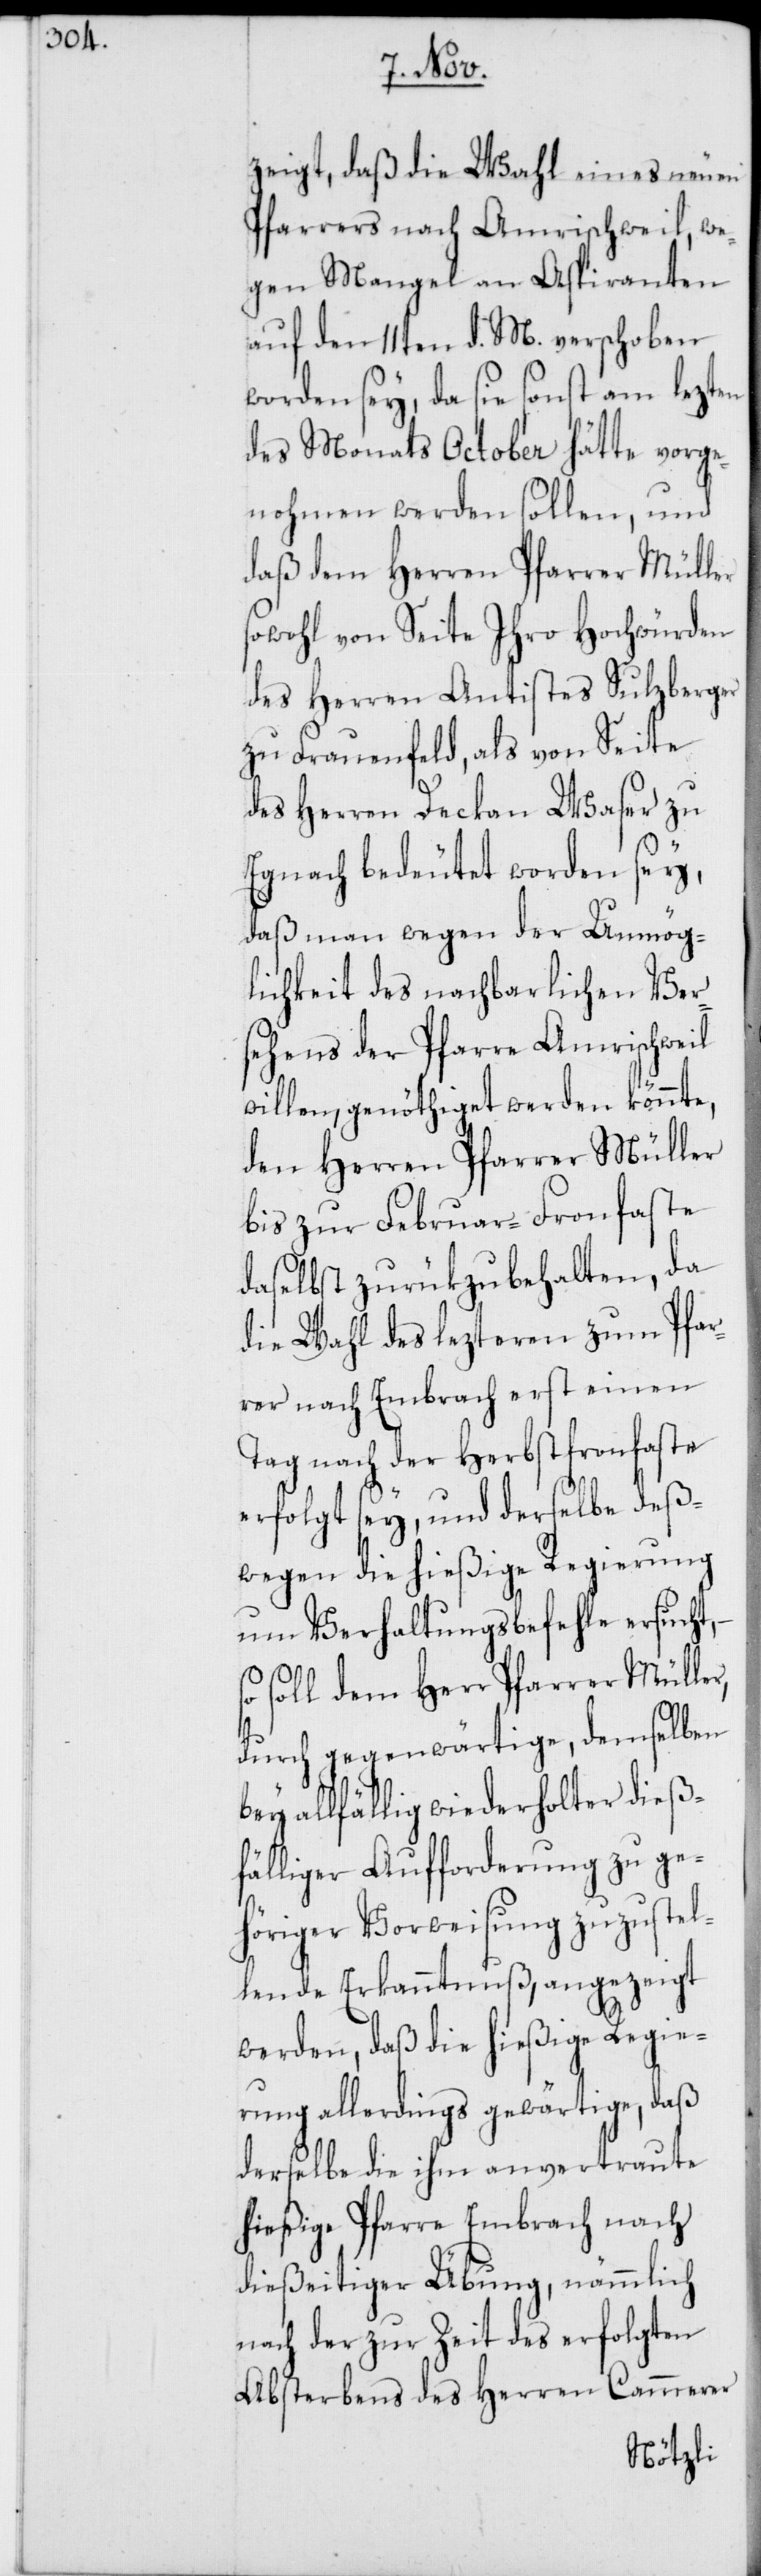
zeigt, daß die Wahl eines neuen
Pfarrers nach Amrischweil, we¬
gen Mangel an Aspiranten
auf den 11ten d. M. verschoben
worden sey, da sie sonst am lezten
des Monats October hätte vorge¬
nohmen werden sollen, und
daß dem Herren Pfarrer Müller
sowohl von Seite Ihro Hochwürden,
des Herren Antistes Sulzberger
zu Frauenfeld, als von Seite
des Herren Deckan Waser zu
Egnach bedeutet worden sey,
daß man wegen der Unmög¬
lichkeit des nachbarlichen Ver¬
sehens der Pfarre Amrischweil
willen, genöthiget werden könnte,
den Herren Pfarrer Müller
bis zur Februar-Fronfaste
daselbst zurükzubehalten, da
die Wahl des lezteren zum Pfar¬
rer nach Embrach erst einen
Tag nach der Herbstfronfaste
erfolgt sey, und derselbe des¬
wegen die hießige Regierung
um Verhaltungsbefehle ersucht,
soll dem Herr Pfarrer Müller,
durch gegenwärtige, demselben
bey allfällig wiederholter dieß¬
fälliger Aufforderung zu ge¬
höriger Vorweisung zuzustel¬
lende Erkanntnuß, angezeigt
werden, daß die hießige Regie¬
rung allerdings gewärtige, daß
derselbe die ihm anvertraute
hießige Pfarre Embrach nach
dießeitiger Übung, nämmlich
nach der zur Zeit des erfolgten
Absterbens des Herren Cammerer